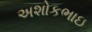
અશોકભાઇ